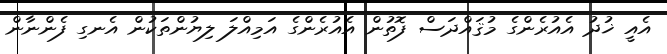
އެއީ ޚުދު އެއުރެންގެ މުޤައްދަސް ފޮތުން އެއުރެންގެ އަމިއްލަ ލިޔުންތަކުން އެނގި ފެންނާން